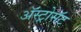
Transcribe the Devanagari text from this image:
अॅस्ट्रोसॅट